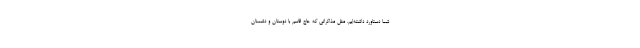
شما دستاورد داشته‌ایم. مثل مذاکراتی که حاج ‌قاسم با دوستان و دشمنان